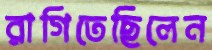
রাগিতেছিলেন